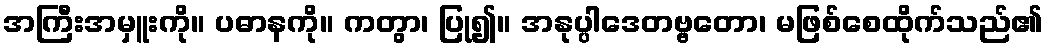
အကြီးအမှူးကို။ ပဓာနကို။ ကတွာ၊ ပြု၍။ အနုပ္ပါဒေတဗ္ဗတော၊ မဖြစ်စေထိုက်သည်၏